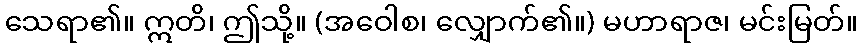
သေရာ၏။ ဣတိ၊ ဤသို့။ (အဝေါစ၊ လျှောက်၏။) မဟာရာဇ၊ မင်းမြတ်။